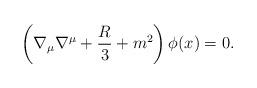
LaTeX: \begin{align*}\left( \nabla_{\mu} \nabla^{\mu} + \frac{R}{3} + m^2 \right) \phi (x)= 0.\end{align*}